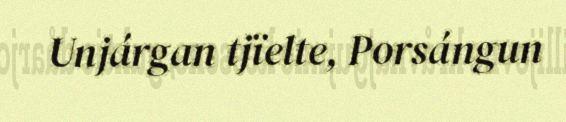
Unjárgan tjïelte, Porsángun